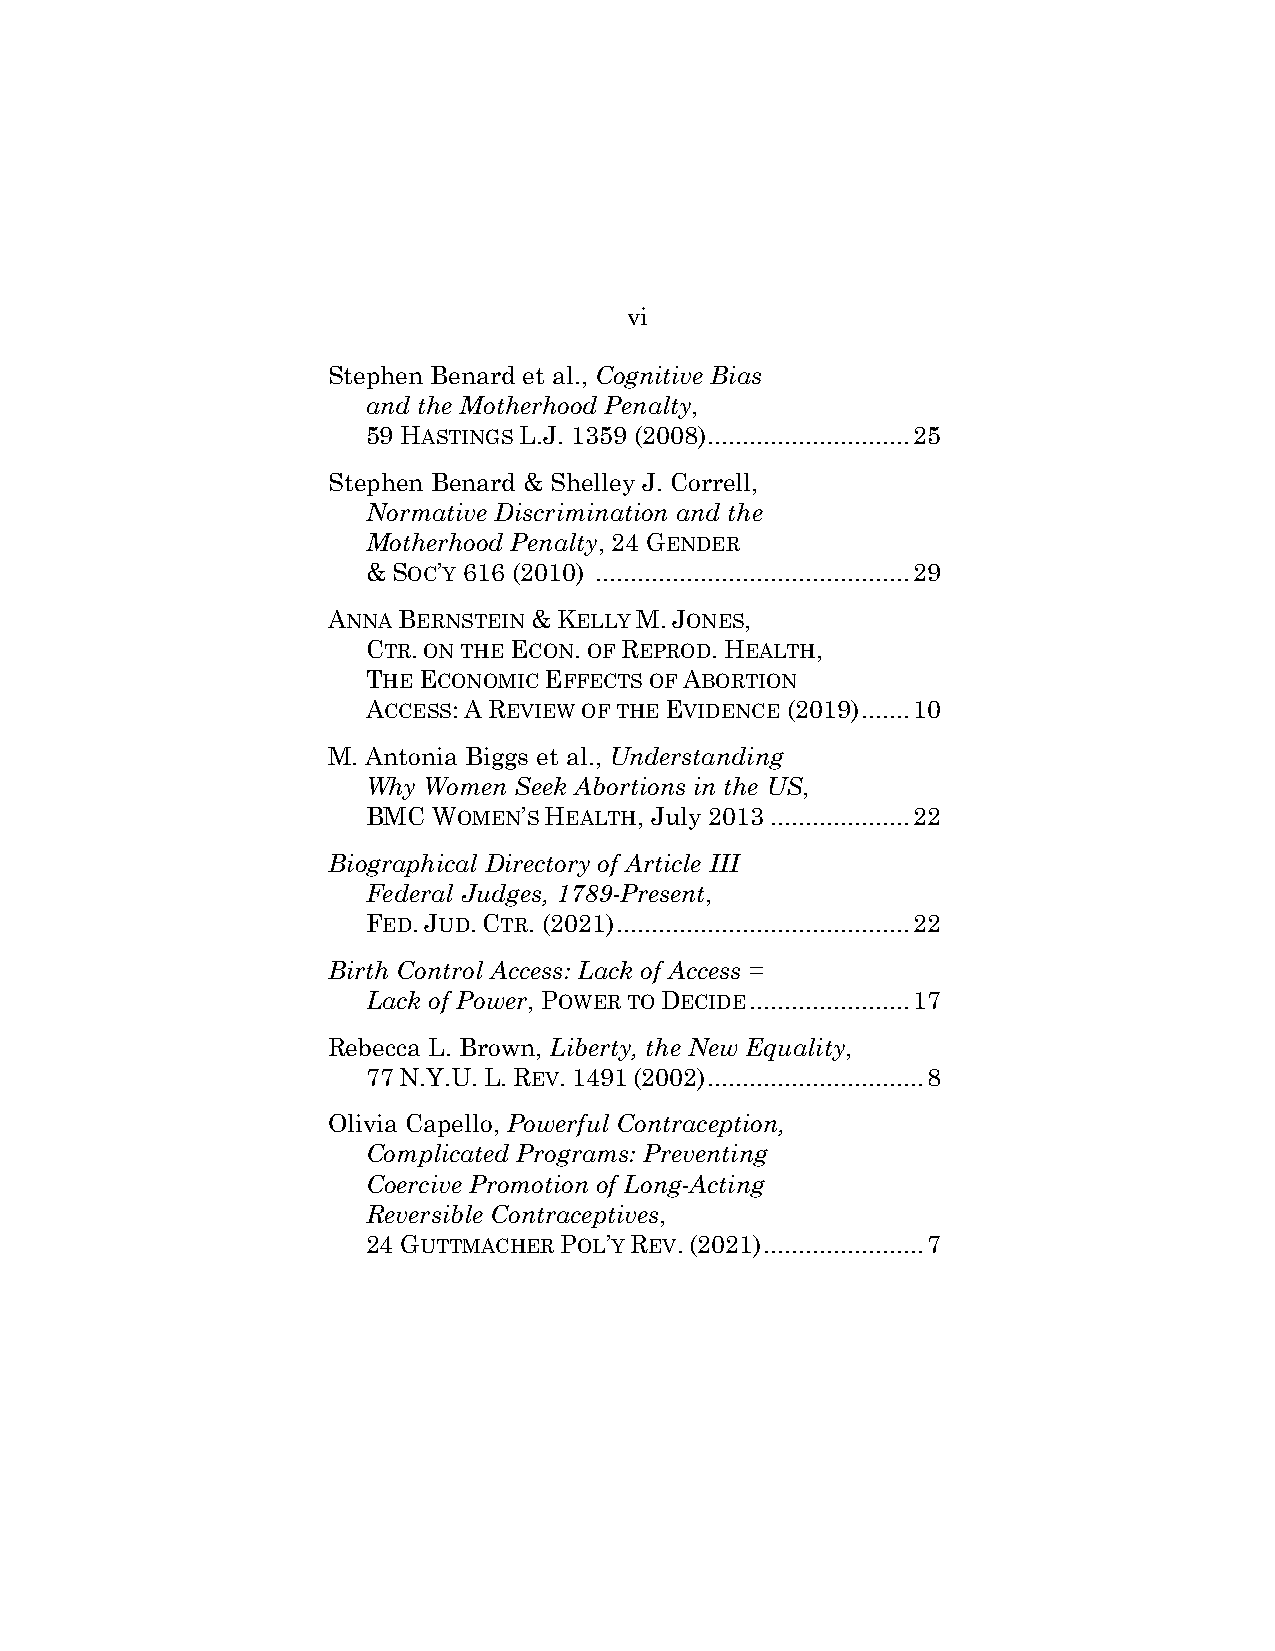
vi
 Stephen Benard et al., Cognitive Bias
 and the Motherhood Penalty,
 59 HASTINGS L.J. 1359 (2008) ............................. 25
 Stephen Benard & Shelley J. Correll,
 Normative Discrimination and the
 Motherhood Penalty, 24 GENDER
 & SOC’Y 616 (2010) ............................................. 29
 ANNA BERNSTEIN & KELLY M. JONES,
 CTR. ON THE ECON. OF REPROD. HEALTH,
 THE ECONOMIC EFFECTS OF ABORTION
 ACCESS: A REVIEW OF THE EVIDENCE (2019) ....... 10
 M. Antonia Biggs et al., Understanding
 Why Women Seek Abortions in the US,
 BMC  WOMEN’S HEALTH, July 2013 .................... 22
 Biographical Directory of Article III
 Federal Judges, 1789-Present,
 FED. JUD. CTR. (2021) .......................................... 22
 Birth Control Access: Lack of Access =
 Lack of Power, POWER TO DECIDE ....................... 17
 Rebecca L. Brown, Liberty, the New Equality,
 77 N.Y.U. L. REV. 1491 (2002) ............................... 8
 Olivia Capello, Powerful Contraception,
 Complicated Programs: Preventing
 Coercive Promotion of Long-Acting
 Reversible Contraceptives,
 24 GUTTMACHER POL’Y REV. (2021) ....................... 7